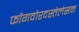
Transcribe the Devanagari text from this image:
फोंगवोरदस्तेलेसन